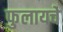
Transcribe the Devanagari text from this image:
फुलायचे